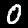
Label: 0